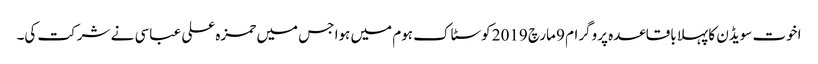
اخوت سویڈن کا پہلا باقاعدہ پروگرام 9 مارچ 2019 کوسٹاک ہوم میں ہوا جس میں حمزہ علی عباسی نے شرکت کی۔